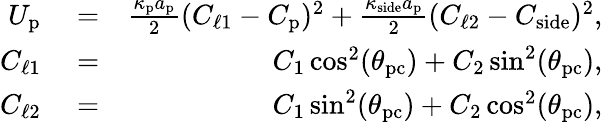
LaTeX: \begin{array}{rlr}{U_{\mathrm{p}}}&{{}=}&{\frac{\kappa_{\mathrm{p}}a_{\mathrm{p}}}{2}(C_{\ell 1}-C_{\mathrm{p}})^{2}+\frac{\kappa_{\mathrm{side}}a_{\mathrm{p}}}{2}(C_{\ell 2}-C_{\mathrm{side}})^{2},}\\ {C_{\ell 1}}&{{}=}&{C_{1}\cos^{2}(\theta_{\mathrm{pc}})+C_{2}\sin^{2}(\theta_{\mathrm{pc}}),}\\ {C_{\ell 2}}&{{}=}&{C_{1}\sin^{2}(\theta_{\mathrm{pc}})+C_{2}\cos^{2}(\theta_{\mathrm{pc}}),}\end{array}